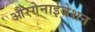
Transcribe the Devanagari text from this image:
औरगेनाईजेशन